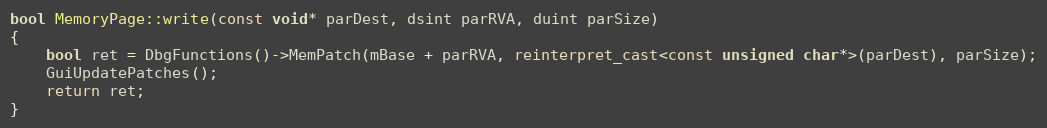
Language: C++
bool MemoryPage::write(const void* parDest, dsint parRVA, duint parSize)
{
    bool ret = DbgFunctions()->MemPatch(mBase + parRVA, reinterpret_cast<const unsigned char*>(parDest), parSize);
    GuiUpdatePatches();
    return ret;
}